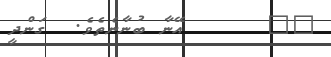
٥٦      އޭނާ ބުނާނެތެވެ.  ގަންދީ